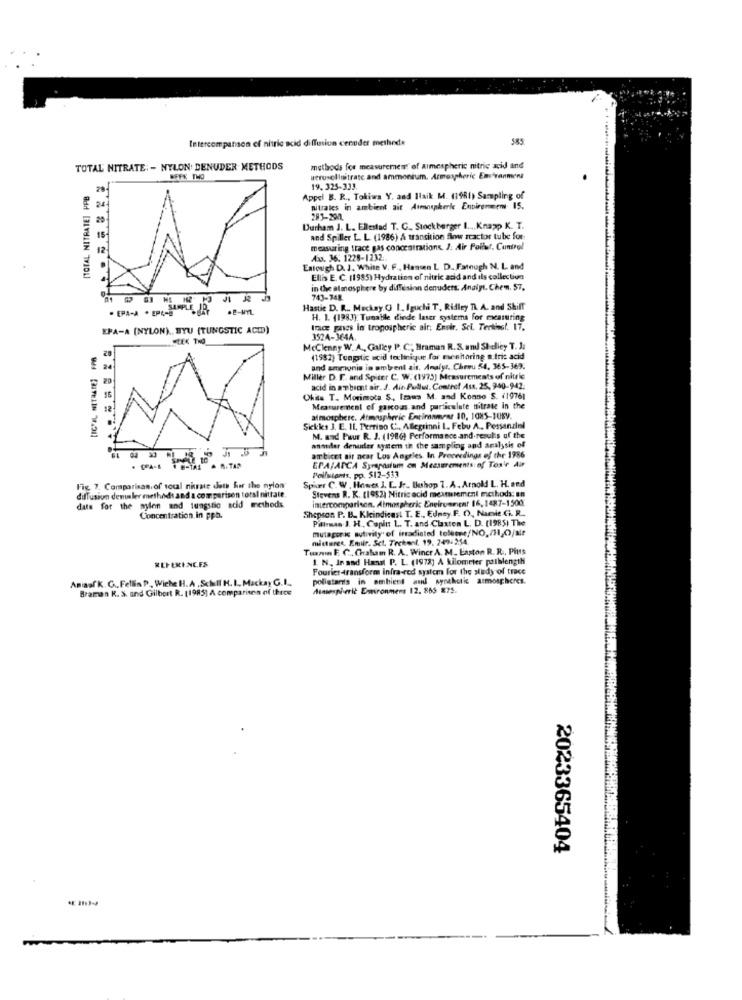
Intercompanson ef nitric acid diffusion cenuder methode
585
TOTAL NITRATE: - NYLON. DENUDER METHODS
methods for measurement of armespheric nitric acid and
uerosellnitratc and ammonium. Atmospheric Environment
[TOTAL NITRATE] PPB
19. 325-333.
Appel B. R ., Tokiwa Y. and Haik M. (1981) Sampling of
nitrates in ambient ait Atmospkerke Enpirenem 15.
283-2011.
Durham J. L. Ellestad T. G. Stock berger 1 ..., Knapp K. T.
and Spiller L. L. (1986) A transition flow reactor tube for
measuring trace gas concentrations. J. Air Pollut. Control
Ao. 36. 1228-1232.
Eatough D. J. White V. F ., Hansen L D. Fatough N. L. and
Ellis E. C. 11985) Hydratinn of nitric add and ils collection
in the atmosphere by diffusion denuders. Andit. Chem. 57.
743-748
. EPA-A . EPL-SUPPLE JR.
Hastie D. R ... Mackay.G 1. Iguchi T, Ridley Th. A. and Shiff
H. 1. (1983); Tunable dinde laser systems for measuring
EPA-A (NYLON) ,, BYU (TUNGSTIC ACID)
Ince phes in trogospheric alr; Envir. Sci. Terkiest. 17.
3524-364A.
McClenny W. A ., Galley P.C .; Hraman R.S. and Shelley T. J.
(1982) Tungslic acid teclinique.for rsenitoring a.tric acid
and amrignis in omtrent ais. Analyt. Cheeu 54, 365-369.
Miller D. F .. and Spiter C. W. (1975) Measurements of nitric
acid in ambient air. J. die Pullw. Controf Ass, 25, 940-942.
15
Ohits T. Morimota S ., Izams M. and Konno S. (1976)
12
Measurement of garcous and particulate titrate in the
atmosphere. Atmospheric Entimnwraz 10, 1085-1059.
Skkks J. E. 11, Perrino C .. Allegrini 1. Febu A. Pessanziel
M. and Puur R. J. (1986) Performance and results uf the
annuler denuder system th the sampling and analysis of
ambicet sit near Los Angeles In Proceedings of the 1986
EPALANCA Syrapastum on Measurements: of Tos'e Air
Spier C. W . Hawes I. E. Jr. Ushop 7. A. Arnold L. H. and
Pollutants, pp. $12-533
Fig 7. Comparisan, of total nirac doth for the nylon
diffusion demaler methods and a comparison totsl nitrate.
data for the aylen and tungstio acid methods
Stevens R. K. (1982) Nitric acid mexmiement methods: 88
intercomparison. Atmospheric Eneirvement 16, 1487-1500
Shepson P. B. Kkindicast T. E ., Edney.F. O, Narvie Gi. R ..
Concentration in ppb.
Pillman J. H. Capit L. T. and Claxton L. D. (1985) The
mutagoric sutivity of irradiated toletme/NO./H,Ojalr
mistures, Emir. Sct. Techenl. 19. 249-254.
Tunn E C .. Chraham R. A. Wincr A. M. Easton R. R ., Pitts
REFERENCES
1. N, In and Hans P. L. (1973] A kilometer pathlength
Fouriertransform infra-red system for the study of trace
Amaaf K. G ., Fellin P, Wiche H.A .Scholl H. I ., Mackay G.I.
polistardis in ambient and synthetic atmospheres.
Braman R. S. and Gilbert R. (1985) A comparison of thece
Atmospheric Emironmens 12. 865 872.
2023365404